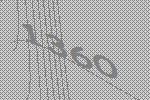
1360